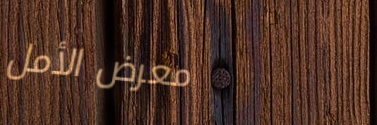
معرض الأمل